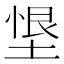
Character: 𭏂